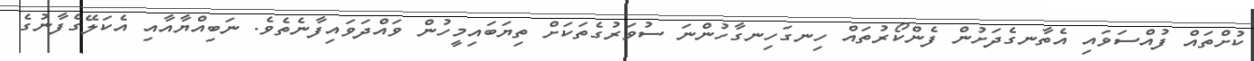
ކުށްތައް ފުއްސަވައި އެތާނގެދަށުން ފެންކޯރުތައް ހިނގަހިނގާހުންނަ ސުވަރުގެތަކަށް ތިޔަބައިމީހުން ވައްދަވައިފާނެތެވެ. ނަބިއްޔާއާއި އެކަލޭގެފާނުގެ